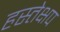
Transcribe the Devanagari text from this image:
हस्तेक्षप